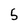
Character: 5